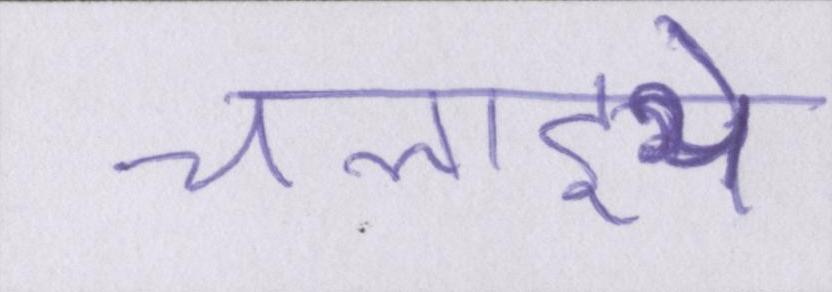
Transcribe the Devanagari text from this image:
चलाइये